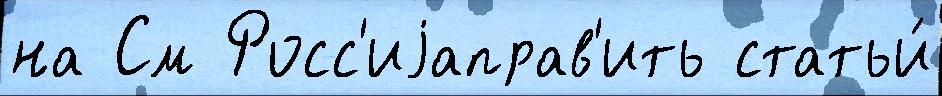
на См Росс'иjаправ'ить статьи́